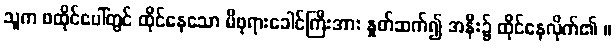
သူက ဖထိုင်ပေါ်တွင် ထိုင်နေသော မိဖုရားခေါင်ကြီးအား နှုတ်ဆက်၍ အနီး၌ ထိုင်နေလိုက်၏ ။